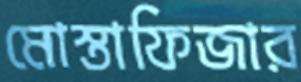
মোস্তাফিজার